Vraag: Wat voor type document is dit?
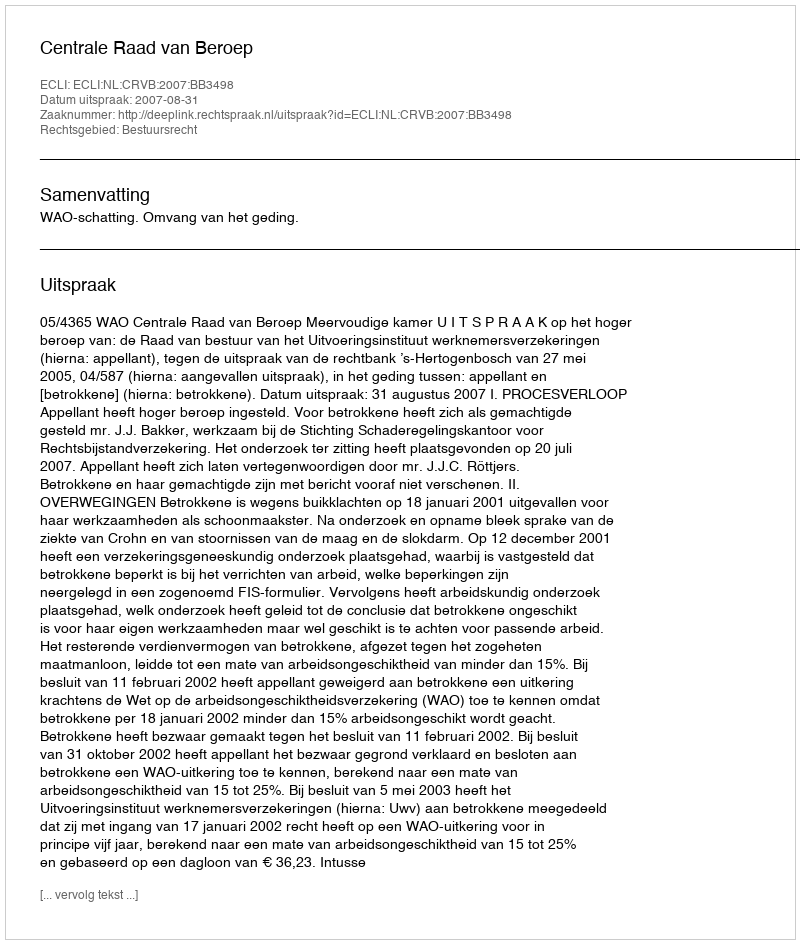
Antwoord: Uitspraak